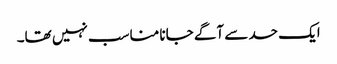
ایک حد سے آگے جانا مناسب نہیں تھا۔